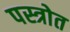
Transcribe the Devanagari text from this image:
पस्त्रोत